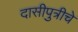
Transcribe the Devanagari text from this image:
दासीपुत्रीचे